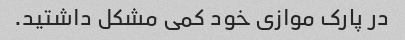
در پارک موازی خود کمی مشکل داشتید.